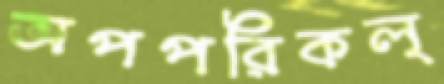
অপপরিকল্